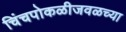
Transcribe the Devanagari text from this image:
चिंचपोकळीजवळच्या